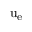
\mathrm { u _ { e } }